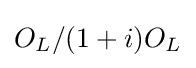
O_{L}/(1+i)O_{L}